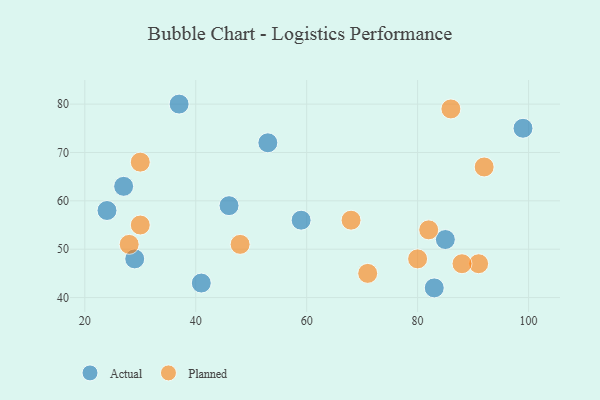
{"axis": {"x": "GDP", "y": "Life Expectancy"}, "legend": ["Actual", "Planned"], "data": [{"x": "29", "y": 48, "type": "Actual"}, {"x": "27", "y": 63, "type": "Actual"}, {"x": "59", "y": 56, "type": "Actual"}, {"x": "24", "y": 58, "type": "Actual"}, {"x": "37", "y": 80, "type": "Actual"}, {"x": "85", "y": 52, "type": "Actual"}, {"x": "41", "y": 43, "type": "Actual"}, {"x": "46", "y": 59, "type": "Actual"}, {"x": "83", "y": 42, "type": "Actual"}, {"x": "53", "y": 72, "type": "Actual"}, {"x": "99", "y": 75, "type": "Actual"}, {"x": "30", "y": 68, "type": "Planned"}, {"x": "80", "y": 48, "type": "Planned"}, {"x": "86", "y": 79, "type": "Planned"}, {"x": "28", "y": 51, "type": "Planned"}, {"x": "91", "y": 47, "type": "Planned"}, {"x": "82", "y": 54, "type": "Planned"}, {"x": "48", "y": 51, "type": "Planned"}, {"x": "71", "y": 45, "type": "Planned"}, {"x": "88", "y": 47, "type": "Planned"}, {"x": "30", "y": 55, "type": "Planned"}, {"x": "92", "y": 67, "type": "Planned"}, {"x": "68", "y": 56, "type": "Planned"}]}